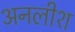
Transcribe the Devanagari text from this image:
अनलीश